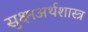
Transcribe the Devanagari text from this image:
सुक्ष्मअर्थशास्त्र